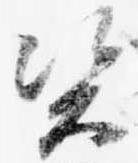
資